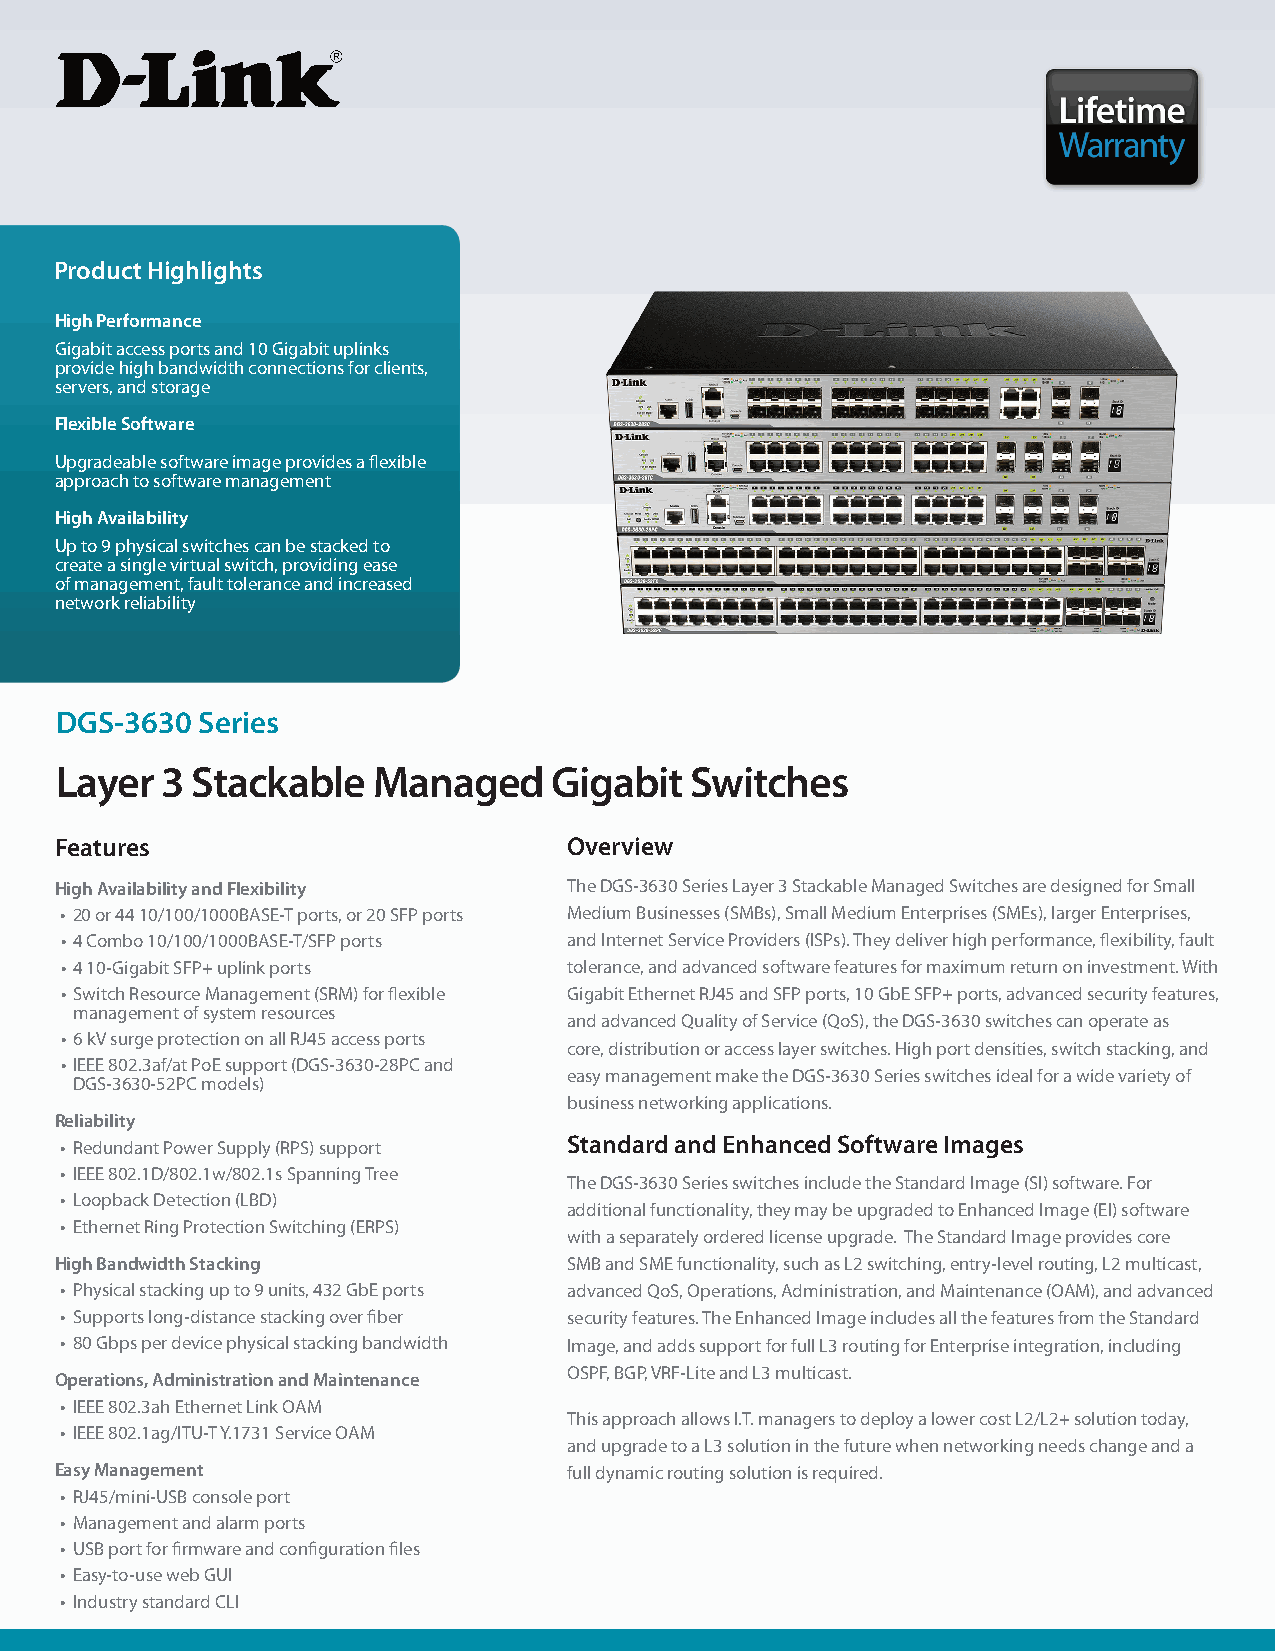
Product Highlights
 High Performance
 Gigabit access ports and 10 Gigabit uplinks
 provide high bandwidth connections for clients,
 servers, and storage
 Flexible Software
 Upgradeable software image provides a flexible
 approach to software management
 High Availability
 Up to 9 physical switches can be stacked to
 create a single virtual switch, providing ease
 of management, fault tolerance and increased
 network reliability
 DGS-3630 Series
 Layer  3 Stackable   Managed    Gigabit   Switches
 Features                          Overview
 High Availability and Flexibility The DGS-3630 Series Layer 3 Stackable Managed Switches are designed for Small
 • 20 or 44 10/100/1000BASE-T ports, or 20 SFP ports Medium Businesses (SMBs), Small Medium Enterprises (SMEs), larger Enterprises,
 • 4 Combo 10/100/1000BASE-T/SFP ports and Internet Service Providers (ISPs). They deliver high performance, flexibility, fault
 • 4 10-Gigabit SFP+ uplink ports  tolerance, and advanced software features for maximum return on investment. With
 • Switch Resource Management (SRM) for flexible Gigabit Ethernet RJ45 and SFP ports, 10 GbE SFP+ ports, advanced security features,
 management of system resources
 and advanced Quality of Service (QoS), the DGS-3630 switches can operate as
 • 6 kV surge protection on all RJ45 access ports
 core, distribution or access layer switches. High port densities, switch stacking, and
 • IEEE 802.3af/at PoE support (DGS-3630-28PC and
 easy management make the DGS-3630 Series switches ideal for a wide variety of
 DGS-3630-52PC models)
 business networking applications.
 Reliability
 Standard and Enhanced Software Images
 • Redundant Power Supply (RPS) support
 • IEEE 802.1D/802.1w/802.1s Spanning Tree
 The DGS-3630 Series switches include the Standard Image (SI) software. For
 • Loopback Detection (LBD)
 additional functionality, they may be upgraded to Enhanced Image (EI) software
 • Ethernet Ring Protection Switching (ERPS)
 with a separately ordered license upgrade. The Standard Image provides core
 High Bandwidth Stacking           SMB and SME functionality, such as L2 switching, entry-level routing, L2 multicast,
 • Physical stacking up to 9 units, 432 GbE ports advanced QoS, Operations, Administration, and Maintenance (OAM), and advanced
 • Supports long-distance stacking over fiber security features. The Enhanced Image includes all the features from the Standard
 • 80 Gbps per device physical stacking bandwidth Image, and adds support for full L3 routing for Enterprise integration, including
 OSPF, BGP, VRF-Lite and L3 multicast.
 Operations, Administration and Maintenance
 • IEEE 802.3ah Ethernet Link OAM
 This approach allows I.T. managers to deploy a lower cost L2/L2+ solution today,
 • IEEE 802.1ag/ITU-T Y.1731 Service OAM
 and upgrade to a L3 solution in the future when networking needs change and a
 Easy Management                   full dynamic routing solution is required.
 • RJ45/mini-USB console port
 • Management and alarm ports
 • USB port for firmware and configuration files
 • Easy-to-use web GUI
 • Industry standard CLI